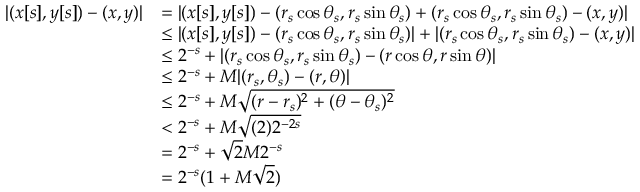
\begin{array} { r l } { | ( x [ s ] , y [ s ] ) - ( x , y ) | } & { = | ( x [ s ] , y [ s ] ) - ( r _ { s } \cos \theta _ { s } , r _ { s } \sin \theta _ { s } ) + ( r _ { s } \cos \theta _ { s } , r _ { s } \sin \theta _ { s } ) - ( x , y ) | } \\ & { \leq | ( x [ s ] , y [ s ] ) - ( r _ { s } \cos \theta _ { s } , r _ { s } \sin \theta _ { s } ) | + | ( r _ { s } \cos \theta _ { s } , r _ { s } \sin \theta _ { s } ) - ( x , y ) | } \\ & { \leq 2 ^ { - s } + | ( r _ { s } \cos \theta _ { s } , r _ { s } \sin \theta _ { s } ) - ( r \cos \theta , r \sin \theta ) | } \\ & { \leq 2 ^ { - s } + M | ( r _ { s } , \theta _ { s } ) - ( r , \theta ) | } \\ & { \leq 2 ^ { - s } + M \sqrt { ( r - r _ { s } ) ^ { 2 } + ( \theta - \theta _ { s } ) ^ { 2 } } } \\ & { < 2 ^ { - s } + M \sqrt { ( 2 ) 2 ^ { - 2 s } } } \\ & { = 2 ^ { - s } + \sqrt { 2 } M 2 ^ { - s } } \\ & { = 2 ^ { - s } ( 1 + M \sqrt { 2 } ) } \end{array}